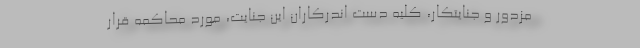
مزدور و جنایتکار، کلیه‌ دست اندرکاران این جنایت، مورد محاکمه قرار